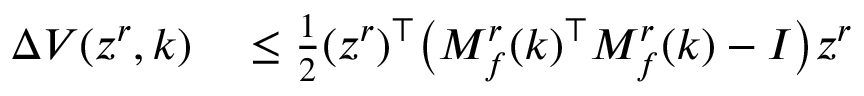
\begin{array} { r l } { \Delta V ( z ^ { r } , k ) } & { { } \leq \frac { 1 } { 2 } ( z ^ { r } ) ^ { \top } \big ( M _ { f } ^ { r } ( k ) ^ { \top } M _ { f } ^ { r } ( k ) - I \big ) z ^ { r } } \end{array}